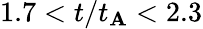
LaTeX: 1.7<t/t_{\mathbf{A}}<2.3